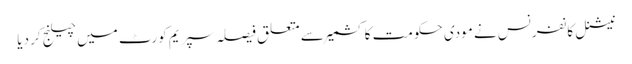
نیشنل کانفرنس نے مودی حکومت کا کشمیر سے متعلق فیصلہ سپریم کورٹ میں چیلنج کر دیا